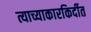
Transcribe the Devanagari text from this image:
त्याच्याकारकिर्दीत